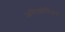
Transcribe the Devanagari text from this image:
जगिएल्लोनिअन